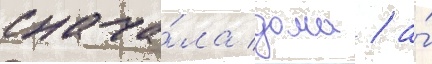
снача́ла дома / а́